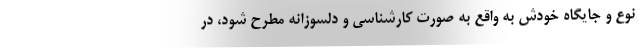
نوع و جایگاه خودش به واقع به صورت کارشناسی و دلسوزانه مطرح شود، در